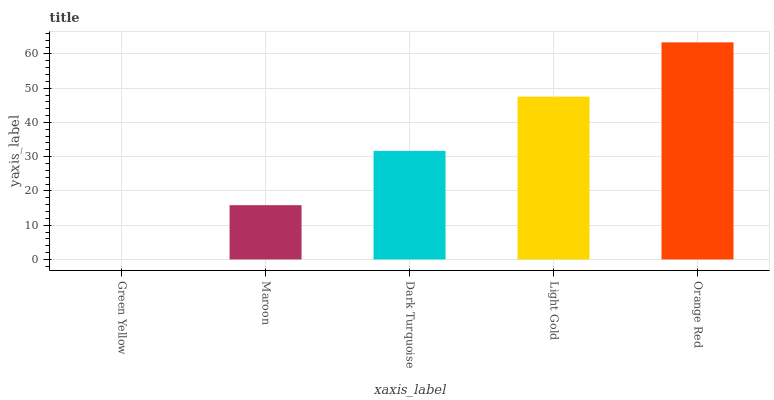
| xaxis_label | bars |
 | --- | --- |
 | Green Yellow | 0 |
 | Maroon | 15.8 |
 | Dark Turquoise | 31.7 |
 | Light Gold | 47.5 |
 | Orange Red | 63.4 |